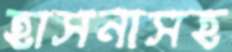
হাসনাসহ